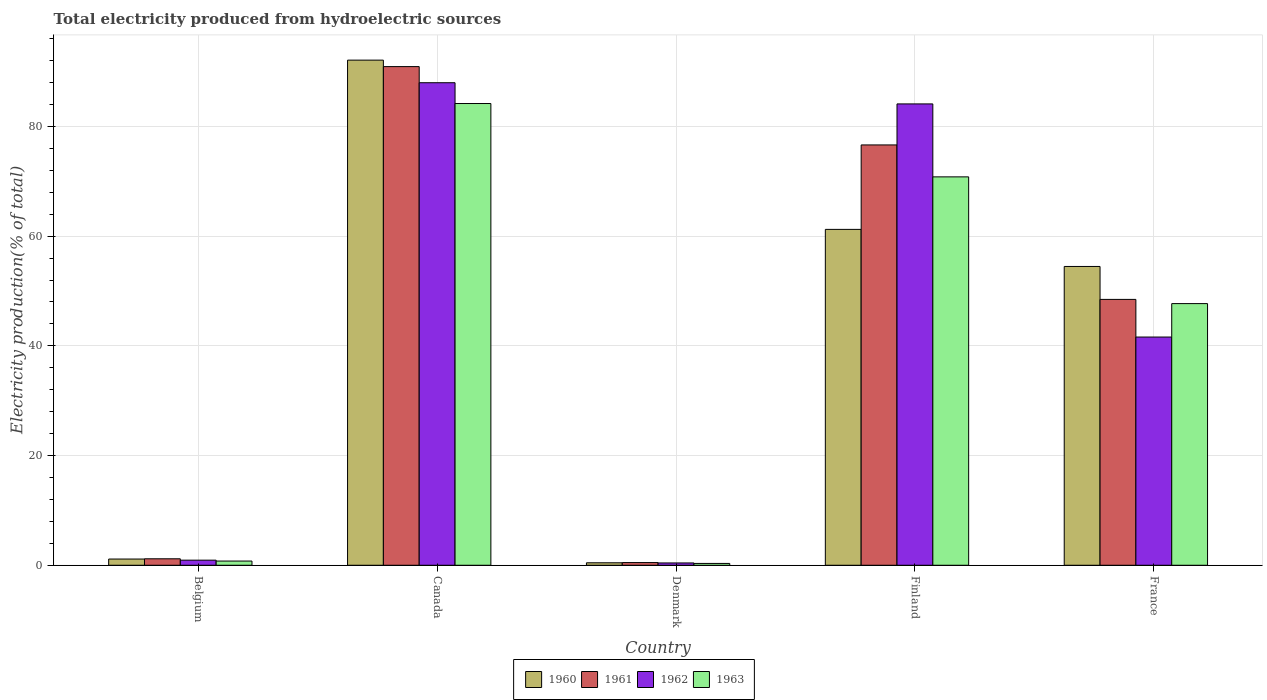
| Country | 1960 | 1961 | 1962 | 1963 |
 | --- | --- | --- | --- | --- |
 | Belgium | 1.14 | 1.18 | 0.929 | 0.765 |
 | Canada | 92.1 | 90.9 | 88 | 84.2 |
 | Denmark | 0.451 | 0.489 | 0.421 | 0.334 |
 | Finland | 61.2 | 76.6 | 84.1 | 70.8 |
 | France | 54.5 | 48.5 | 41.6 | 47.7 |